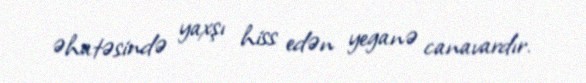
əhatəsində yaxşı hiss edən yeganə canavardır.